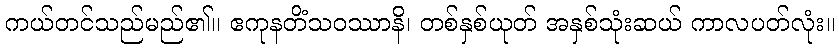
ကယ်တင်သည်မည်၏။ ဧကုနတိံသဝဿာနိ၊ တစ်နှစ်ယုတ် အနှစ်သုံးဆယ် ကာလပတ်လုံး။